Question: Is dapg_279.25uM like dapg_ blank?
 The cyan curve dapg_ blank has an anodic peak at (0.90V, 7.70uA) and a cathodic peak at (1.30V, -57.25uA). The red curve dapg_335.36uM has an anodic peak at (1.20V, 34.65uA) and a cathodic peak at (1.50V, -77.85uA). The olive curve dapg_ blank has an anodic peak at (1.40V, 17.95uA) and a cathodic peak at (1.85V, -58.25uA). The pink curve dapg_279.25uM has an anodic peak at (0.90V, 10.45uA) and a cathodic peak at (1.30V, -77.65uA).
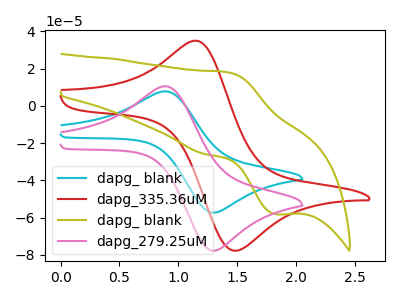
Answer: <think>All the peaks in "dapg_279.25uM" have a peak in "dapg_ blank" at the same potential. Every peak in "dapg_279.25uM" is higher than every peak in "dapg_ blank".
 </think>
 <answer>"dapg_279.25uM" and "dapg_ blank" are similar in shape.</answer>
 <eval>same_shape</eval>